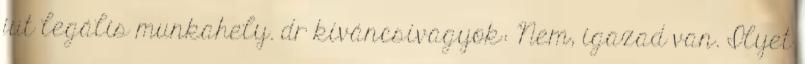
jut legális munkahely. dr kíváncsivagyok: Nem, igazad van. Ilyet